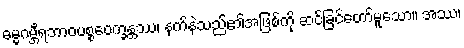
ဓမ္မဂမ္ဘီရဘာဝပစ္စဝေက္ခန္တဿ၊ နက်နဲသည်၏အဖြစ်ကို ဆင်ခြင်တော်မူသော။ အဿ၊